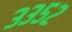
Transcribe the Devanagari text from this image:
३३५२